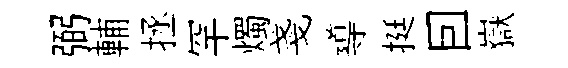
弼輔拯罕燭戔導挺囙嶽